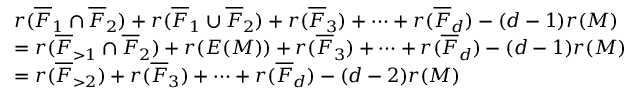
\begin{array} { r l } & { r ( \overline { { F } } _ { 1 } \cap \overline { { F } } _ { 2 } ) + r ( \overline { { F } } _ { 1 } \cup \overline { { F } } _ { 2 } ) + r ( \overline { { F } } _ { 3 } ) + \cdots + r ( \overline { { F } } _ { d } ) - ( d - 1 ) r ( M ) } \\ & { = r ( \overline { { F } } _ { > 1 } \cap \overline { { F } } _ { 2 } ) + r ( E ( M ) ) + r ( \overline { { F } } _ { 3 } ) + \cdots + r ( \overline { { F } } _ { d } ) - ( d - 1 ) r ( M ) } \\ & { = r ( \overline { { F } } _ { > 2 } ) + r ( \overline { { F } } _ { 3 } ) + \cdots + r ( \overline { { F } } _ { d } ) - ( d - 2 ) r ( M ) } \end{array}